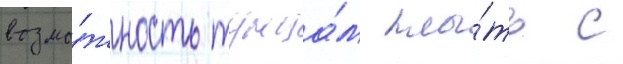
возмо́жность тунца́м плы́ть с